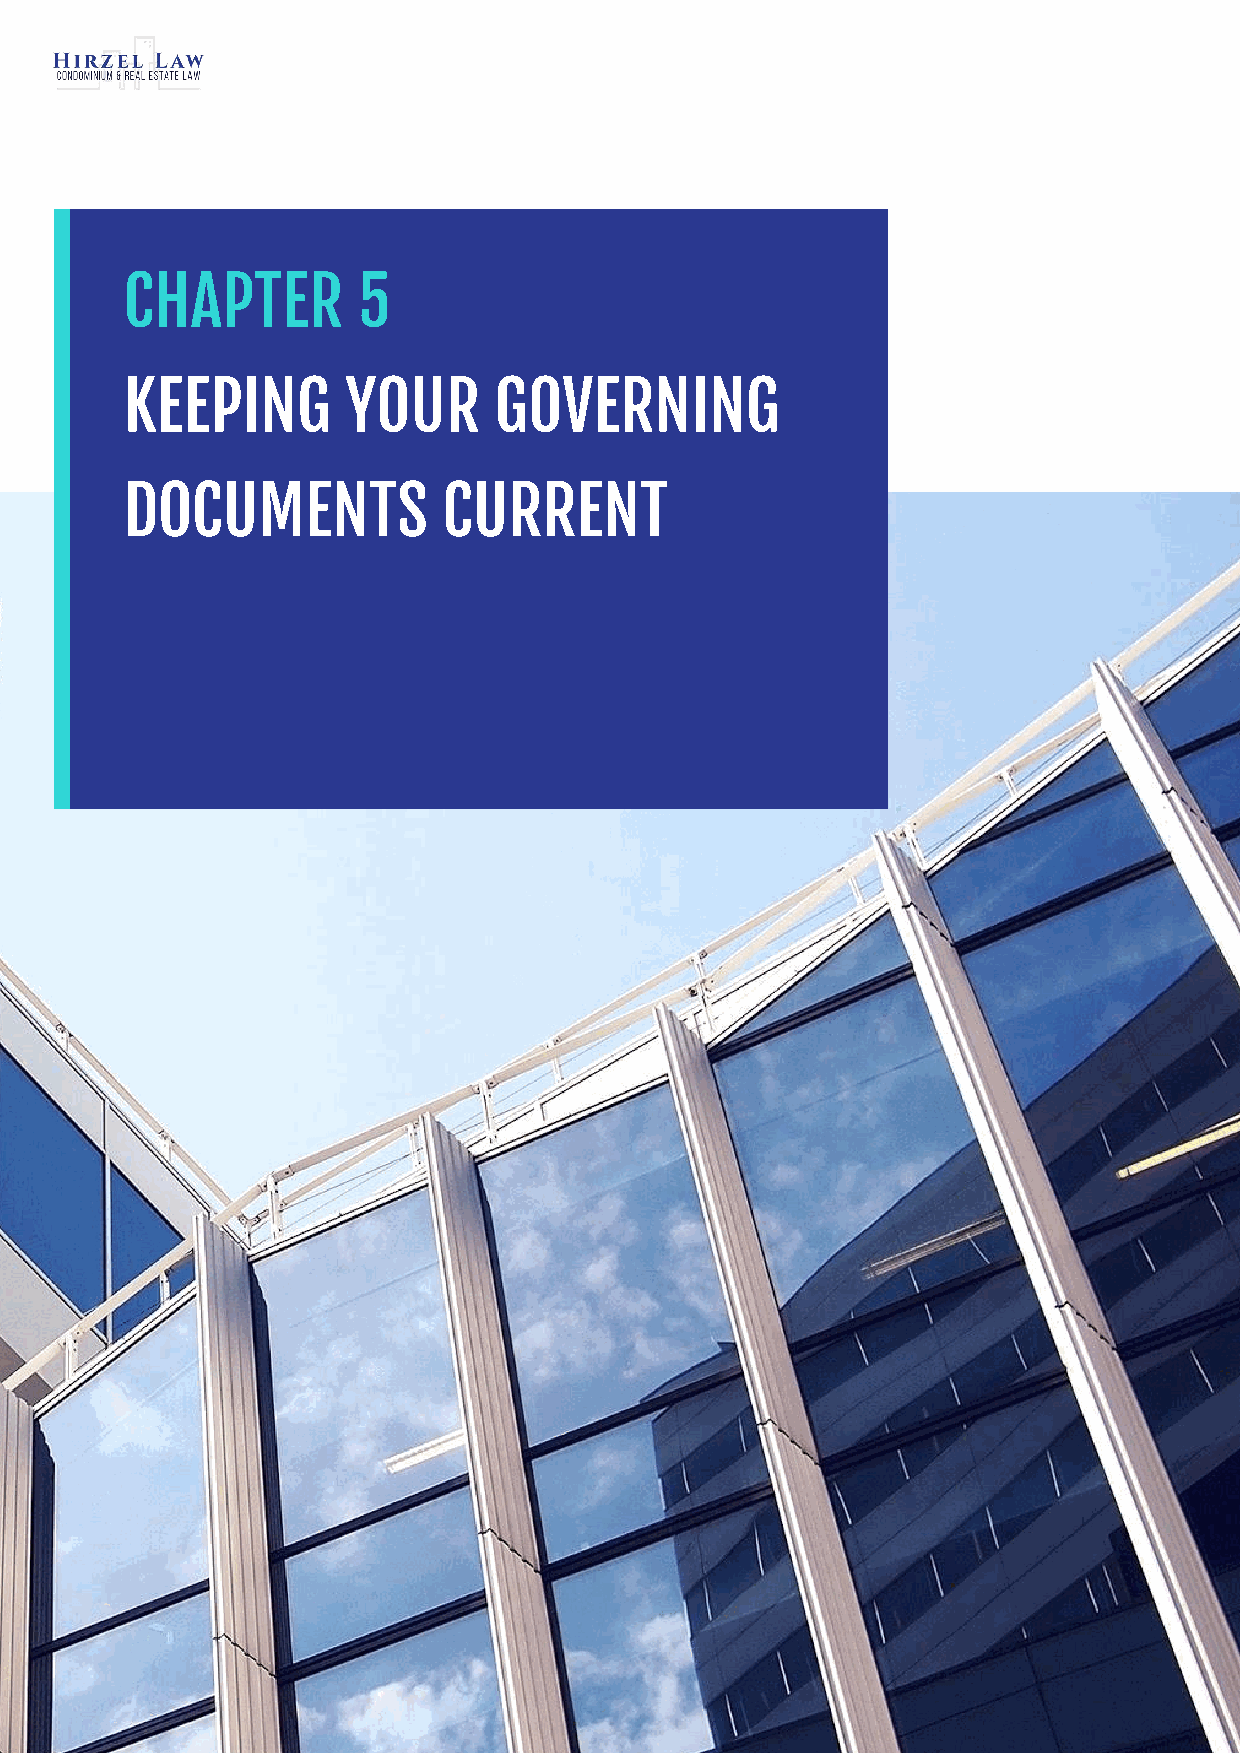
CHAPTER         5
 KEEPING        YOUR      GOVERNING
 DOCUMENTS            CURRENT